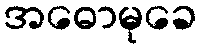
အဓောမုခေ